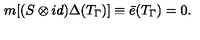
m [ ( S \otimes i d ) \Delta ( T _ { \Gamma } ) ] \equiv \bar { e } ( T _ { \Gamma } ) = 0 .